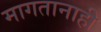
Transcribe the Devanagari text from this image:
मागतानाही